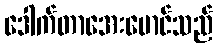
ဒေါက်တာအေးမောင်သည်